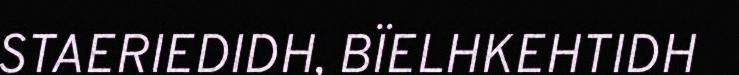
STAERIEDIDH, BÏELHKEHTIDH